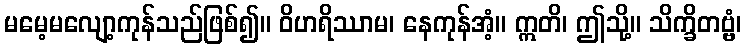
မမေ့မလျော့ကုန်သည်ဖြစ်၍။ ဝိဟရိဿာမ၊ နေကုန်အံ့။ ဣတိ၊ ဤသို့။ သိက္ခိတဗ္ဗံ၊